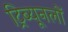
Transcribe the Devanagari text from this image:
ट्रिब्यूनलों